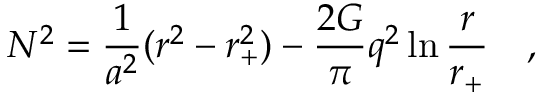
N ^ { 2 } = { \frac { 1 } { a ^ { 2 } } } ( r ^ { 2 } - r _ { + } ^ { 2 } ) - { \frac { 2 G } { \pi } } q ^ { 2 } \ln { \frac { r } { r _ { + } } } ~ ~ ~ ,